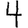
Digit: 4